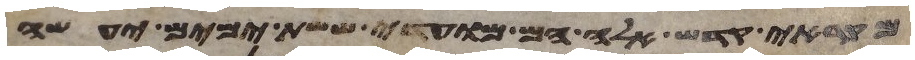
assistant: מקראי קדש אלה הם מועדי ששת ימים יעשה